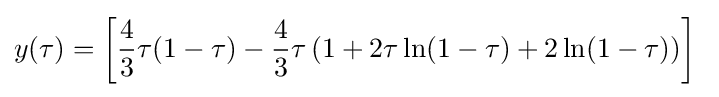
y(\tau )=\left[{\frac {4}{3}}\tau (1-\tau )-{\frac {4}{3}}\tau \left(1+2\tau \ln(1-\tau )+2\ln(1-\tau )\right)\right]\